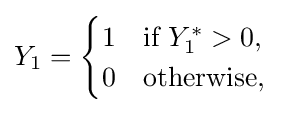
Y_{1}={\begin{cases}1&{\text{if }}Y_{1}^{*}>0,\\0&{\text{otherwise}},\end{cases}}